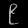
Digit: ၉